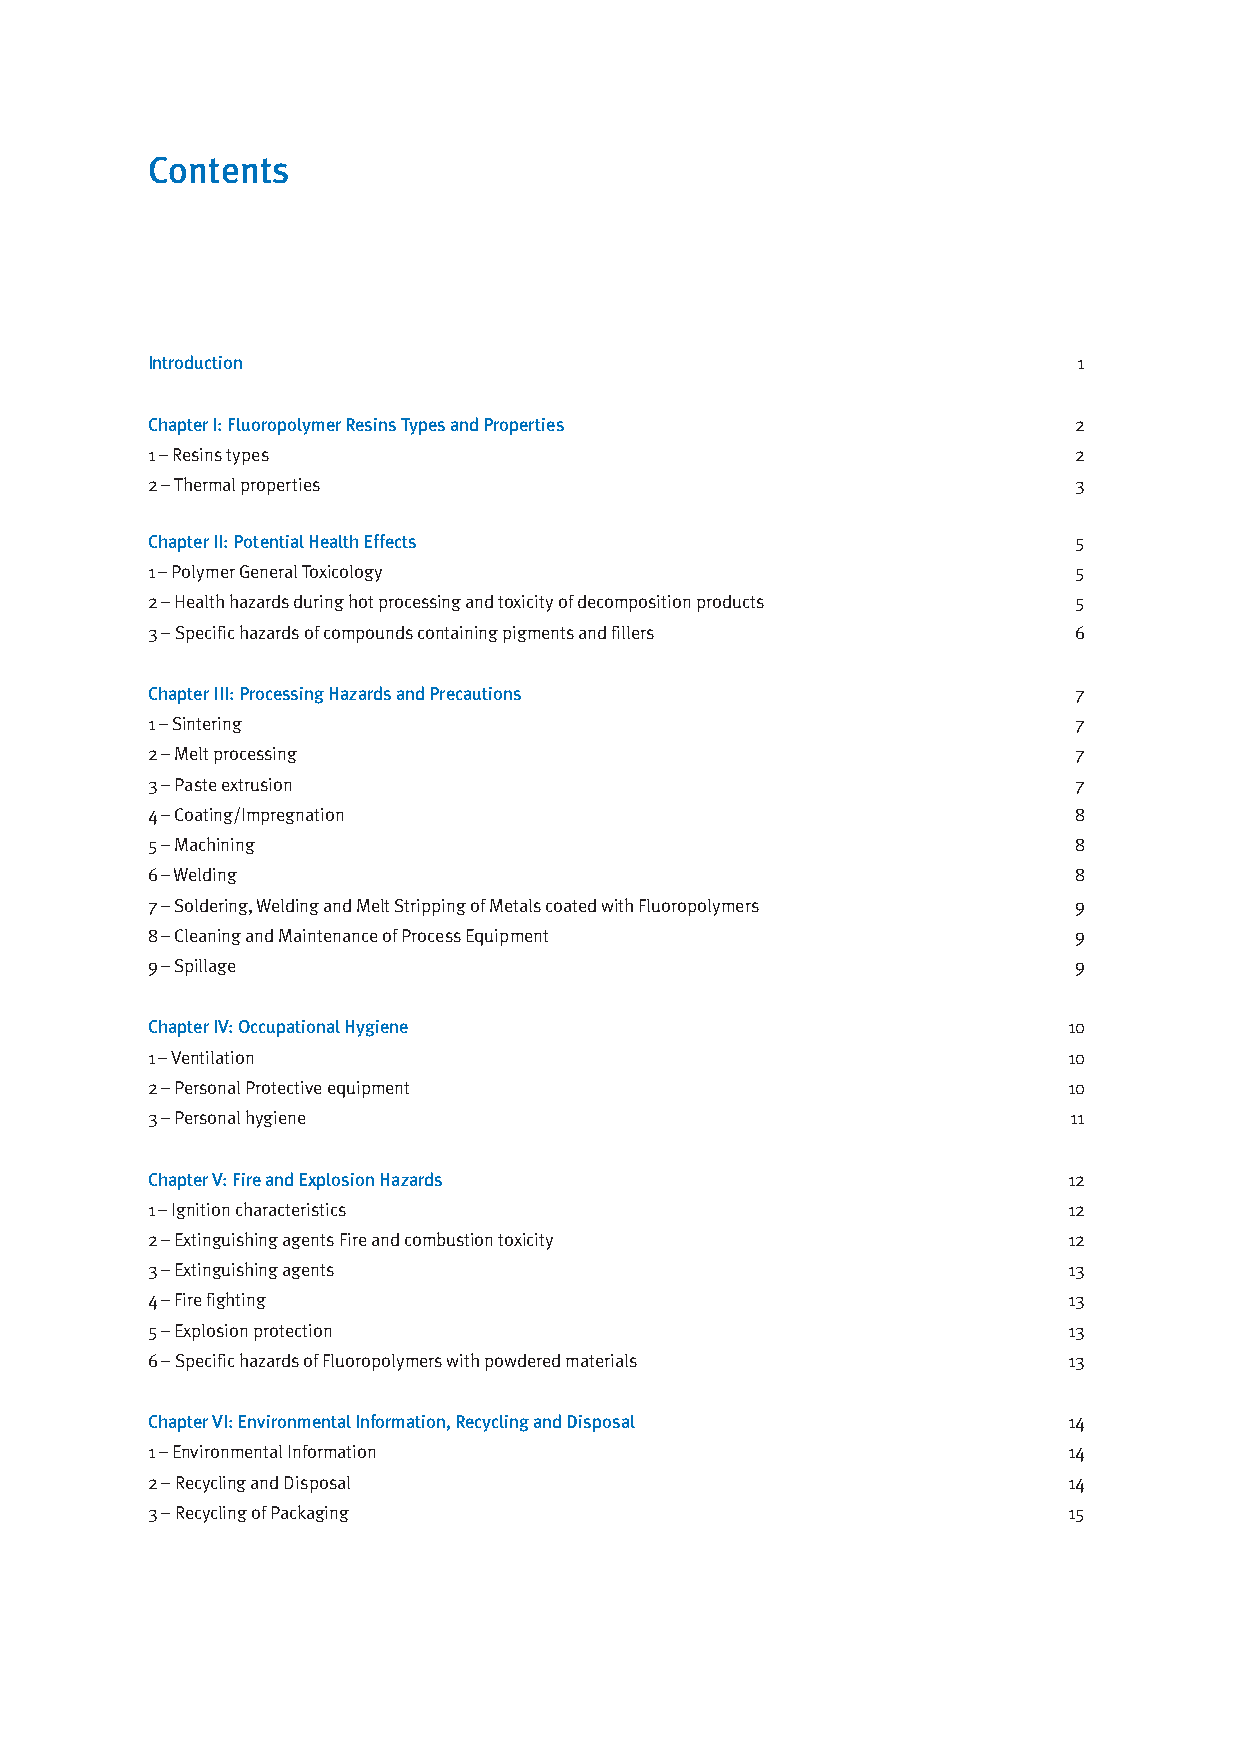
Contents
 Introduction                                                 1
 Chapter I: Fluoropolymer Resins Types and Properties         2
 1 – Resins types                                             2
 2 – Thermal properties                                       3
 Chapter II: Potential Health Effects                         5
 1 – Polymer General Toxicology                               5
 2 – Health hazards during hot processing and toxicity of decomposition products 5
 3 – Specific hazards of compounds containing pigments and fillers 6
 Chapter III: Processing Hazards and Precautions              7
 1 – Sintering                                                7
 2 – Melt processing                                          7
 3 – Paste extrusion                                          7
 4 – Coating/Impregnation                                     8
 5 – Machining                                                8
 6 – Welding                                                  8
 7 – Soldering, Welding and Melt Stripping of Metals coated with Fluoropolymers 9
 8 – Cleaning and Maintenance of Process Equipment            9
 9 – Spillage                                                 9
 Chapter IV: Occupational Hygiene                             10
 1 – Ventilation                                              10
 2 – Personal Protective equipment                            10
 3 – Personal hygiene                                         11
 Chapter V: Fire and Explosion Hazards                        12
 1 – Ignition characteristics                                 12
 2 – Extinguishing agents Fire and combustion toxicity        12
 3 – Extinguishing agents                                     13
 4 – Fire fighting                                            13
 5 – Explosion protection                                     13
 6 – Specific hazards of Fluoropolymers with powdered materials 13
 Chapter VI: Environmental Information, Recycling and Disposal 14
 1 – Environmental Information                                14
 2 – Recycling and Disposal                                   14
 3 – Recycling of Packaging                                   15